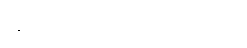
အရေးကြီးတာတွေကိုသာ လုပ်ပါ။